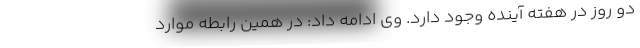
دو روز در هفته آینده وجود دارد. وی ادامه داد: در همین رابطه موارد